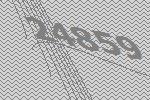
24859